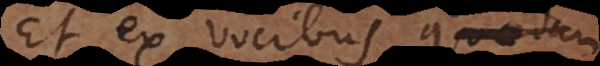
Et ex vocibus alia